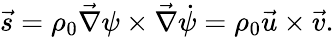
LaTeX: \vec{s}=\rho_{0}\vec{\nabla}\psi\times\vec{\nabla}\dot{\psi}=\rho_{0}\vec{u}\times\vec{v}.